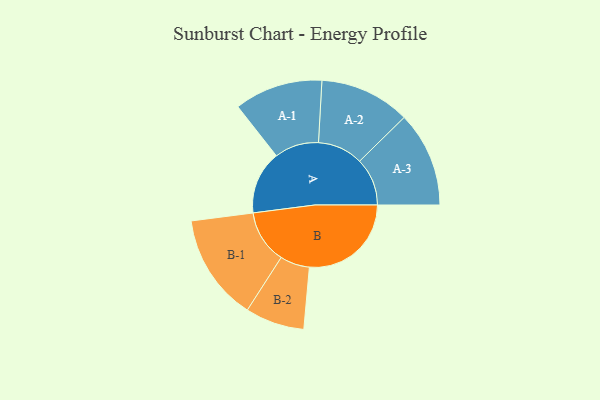
{"axis": {"x": "Segment", "y": "Value"}, "legend": ["", "A", "B"], "data": [{"x": "A", "y": 242, "type": ""}, {"x": "B", "y": 389, "type": ""}, {"x": "A-1", "y": 169, "type": "A"}, {"x": "A-2", "y": 173, "type": "A"}, {"x": "A-3", "y": 182, "type": "A"}, {"x": "B-1", "y": 204, "type": "B"}, {"x": "B-2", "y": 113, "type": "B"}]}